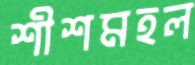
শীশমহল